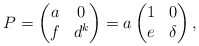
\begin{align*}P = \begin{pmatrix} a & 0 \\ f & d^k \end{pmatrix} = a \begin{pmatrix} 1 & 0 \\ e & \delta \end{pmatrix},\end{align*}